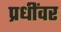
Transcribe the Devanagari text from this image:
प्रधींवर